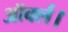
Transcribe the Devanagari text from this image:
ऑर्क्ल।